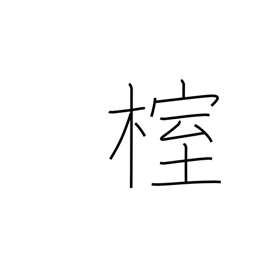
Meaning: needle juniper